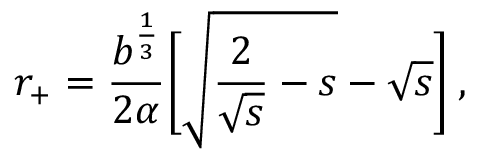
r _ { + } = \frac { b ^ { \frac 1 3 } } { 2 \alpha } { \biggl [ } \sqrt { \frac { 2 } { \sqrt { s } } - s } - \sqrt { s } { \biggr ] } \: ,